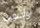
واذهب